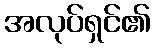
အလုပ်ရှင်၏